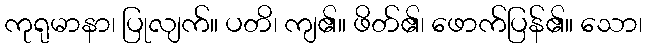
ကုရုမာနာ၊ ပြုလျက်။ ပတိ၊ ကျ၏။ ဖိတ်၏၊ ဖောက်ပြန်၏။ သော၊